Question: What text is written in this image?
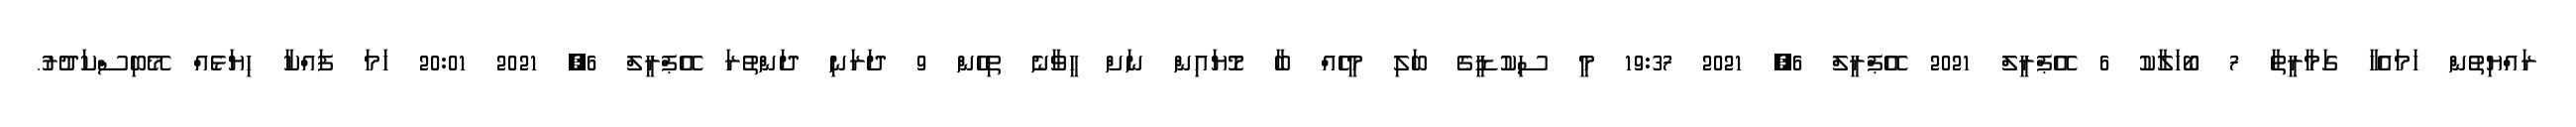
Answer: ރައްޔިތުން ހަމައެހާ ގަމާރީތާ 7 ބޯހަލާކު 6 އޭޕްރީލް 2021 އޭޕްރީލް 6, 2021 19:37 މީ ސިކުޑީގެ ބަލި މީހެއް ބާ މޮޔައިން ނަށް ހީވާނެ ތިހެން 9 ދަރަނި ދަންތުރަ އޭޕްރީލް 6, 2021 20:01 ހަމަ ފައްކާ ހިޔަޅެއް މޭބިސްކަދުރު.